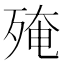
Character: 殗